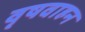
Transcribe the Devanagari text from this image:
वृषवाहन